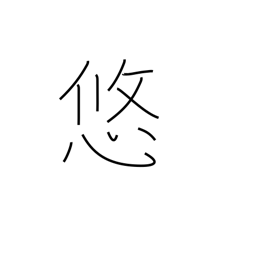
Meaning: permanence